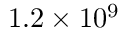
1 . 2 \times 1 0 ^ { 9 }